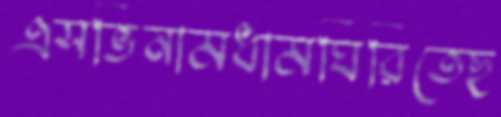
এসভিনামধামঘিরিতেছ